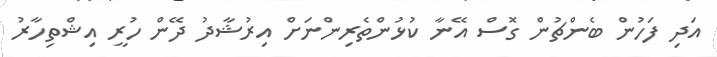
އަދި ފަހުން ބެންޗުން ގޮސް އޭނާ ކުޅުންތެރިންނަށް އިރުޝާދު ދޭން ހުރީ އިޝްތިހާރު